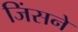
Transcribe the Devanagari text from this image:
जिंसने